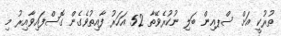
ތުރުކީ އަށް ސްޕއިން ބަލި ނުކުރެވޭތާ 52 އަހަރު ފާއިތުވެގެން ގޮސްފައިވާއިރު މި